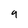
Character: 9